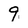
Character: 9